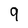
Character: 9